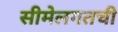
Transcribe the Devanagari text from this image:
सीमेलगतची